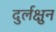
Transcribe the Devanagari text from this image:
दुर्लक्षुन